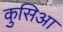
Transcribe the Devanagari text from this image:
कुसिआ